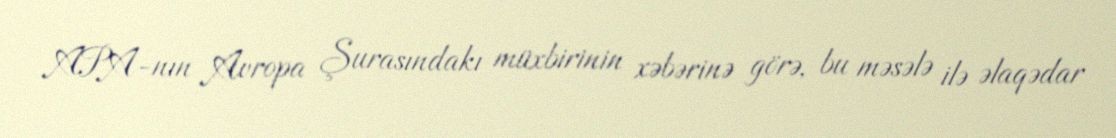
APA-nın Avropa Şurasındakı müxbirinin xəbərinə görə, bu məsələ ilə əlaqədar